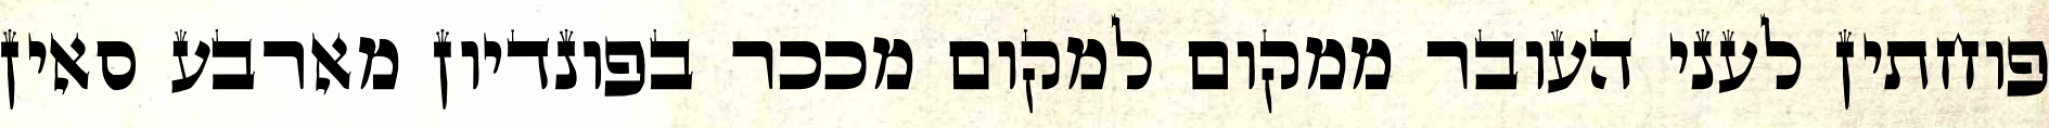
פוחתין לעני העובר ממקום למקום מככר בפונדיון מארבע סאין